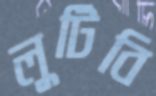
লুটিবি